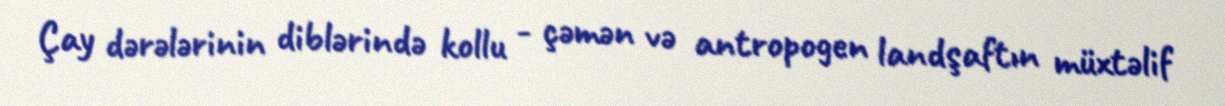
Çay dərələrinin diblərində kollu - çəmən və antropogen landşaftın müxtəlif